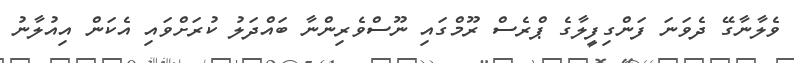
ވެލާނާގޭ ދެވަނަ ފަންގިފީލާގެ ޕްރެސް ރޫމްގައި ނޫސްވެރިންނާ ބައްދަލު ކުރަށްވައި އެކަން އިއުލާނު